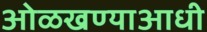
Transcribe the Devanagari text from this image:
ओळखण्याआधी